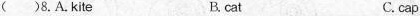
( )8. A. Kite B. cat C. cap